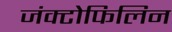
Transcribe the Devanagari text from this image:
जंक्टोफिलिन